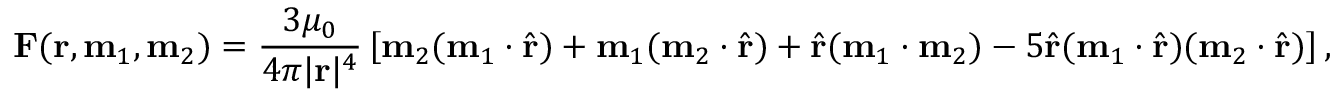
\mathbf { F } ( \mathbf { r } , \mathbf { m } _ { 1 } , \mathbf { m } _ { 2 } ) = { \frac { 3 \mu _ { 0 } } { 4 \pi | \mathbf { r } | ^ { 4 } } } \left[ \mathbf { m } _ { 2 } ( \mathbf { m } _ { 1 } \cdot { \hat { \mathbf { r } } } ) + \mathbf { m } _ { 1 } ( \mathbf { m } _ { 2 } \cdot { \hat { \mathbf { r } } } ) + { \hat { \mathbf { r } } } ( \mathbf { m } _ { 1 } \cdot \mathbf { m } _ { 2 } ) - 5 { \hat { \mathbf { r } } } ( \mathbf { m } _ { 1 } \cdot { \hat { \mathbf { r } } } ) ( \mathbf { m } _ { 2 } \cdot { \hat { \mathbf { r } } } ) \right] ,